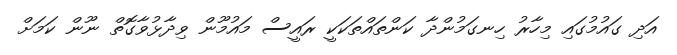
އަދި ގައުމުގައި މިހާރު ހިނގަމުންދާ ކަންތައްތަކަކީ ރައީސް މައުމޫން ވިދާޅުވާގޮތް ނޫން ކަމަށް